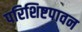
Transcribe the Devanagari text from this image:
परिशिष्टपावन